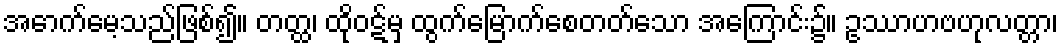
အောက်မေ့သည်ဖြစ်၍။ တတ္ထ၊ ထိုဝဋ်မှ ထွက်မြောက်စေတတ်သော အကြောင်း၌။ ဥဿာဟဗဟုလတ္တာ၊